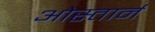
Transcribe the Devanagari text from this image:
ओस्तार्न